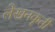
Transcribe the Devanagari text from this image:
लेखनकृती